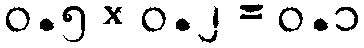
၀.၅ × ၀.၂ = ၀.၁